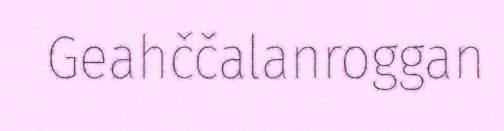
Geahččalanroggan